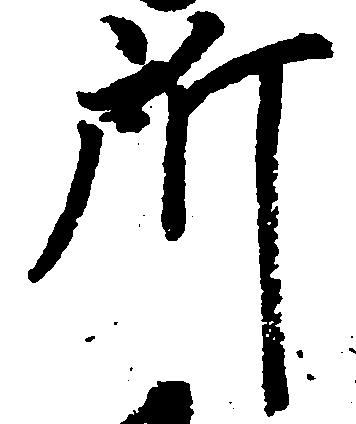
所